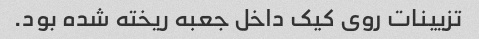
تزیینات روی کیک داخل جعبه ریخته شده بود.